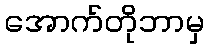
အောက်တိုဘာမှ